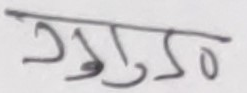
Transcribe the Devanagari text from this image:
२०७१०